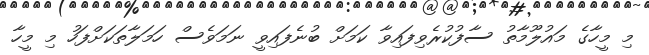
މި މީހާގެ މައުލޫމާތު ސާފުކުރެވިފައިވާ ކަމަށް ބުނެފައިވީ ނަމަވެސް ހަމަލާތަކަށްފަހު މި މީހާ